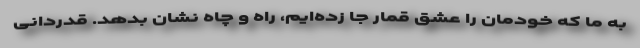
به ما که خودمان را عشق قمار جا زده‌ایم، راه و چاه نشان بدهد. قدردانی